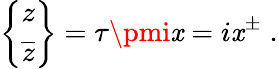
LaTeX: \left\{ \begin{array}{c}{{z}}\\ {{\overline{{z}}}}\end{array}\right\} =\tau\pmi\mathit{x}=i\mathit{x}^{\pm}\; .